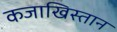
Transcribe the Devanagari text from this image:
कजाखिस्तान